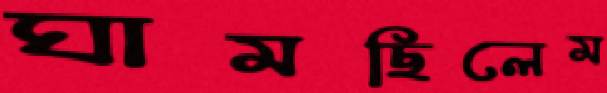
ঘামছিলেম